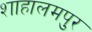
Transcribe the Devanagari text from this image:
शाहालमपुर